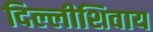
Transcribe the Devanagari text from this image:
दिल्लीशिवाय